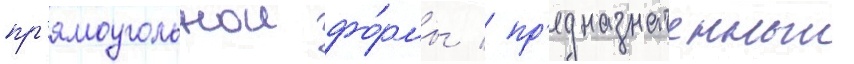
пр'ямоугольнои фо́рмы / пр'едназначенныи